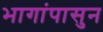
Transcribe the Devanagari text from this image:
भागांपासुन